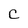
Character: C